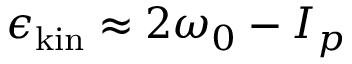
\epsilon _ { \mathrm { k i n } } \approx 2 \omega _ { 0 } - I _ { p }